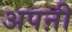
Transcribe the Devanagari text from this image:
अपऩी